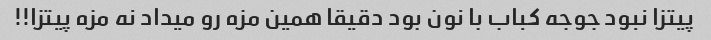
پیتزا نبود جوجه کباب با نون بود دقیقا همین مزه رو میداد نه مزه پیتزا!!